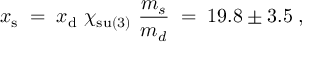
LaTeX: x _ { \mathrm { s } } \; = \; x _ { \mathrm { d } } ~ \chi _ { \mathrm { s u ( 3 ) } } ~ \frac { m _ { s } } { m _ { d } } \; = \; 1 9 . 8 \pm 3 . 5 \; ,